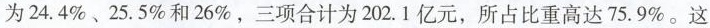
为 24.4%﹑25.5% 和 26%，三项合计为 202.1 亿元，所占比重高达 75.9%。这